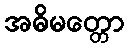
အဓိမတ္တော